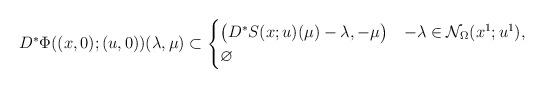
LaTeX: \begin{align*}D^*\Phi((x,0);(u,0))(\lambda,\mu)\subset\begin{cases}\bigl(D^*S(x;u)(\mu)-\lambda,-\mu\bigr)&-\lambda\in \mathcal N_\Omega(x^1;u^1),\\\varnothing& \end{cases}\end{align*}